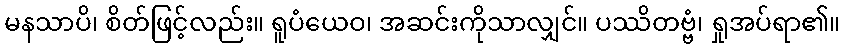
မနသာပိ၊ စိတ်ဖြင့်လည်း။ ရူပံယေဝ၊ အဆင်းကိုသာလျှင်။ ပဿိတဗ္ဗံ၊ ရှုအပ်ရာ၏။